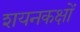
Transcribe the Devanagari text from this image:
शयनकक्षों